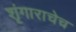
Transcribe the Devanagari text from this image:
शृंगाराचेच